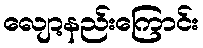
လျော့နည်းကြောင်း